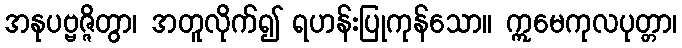
အနုပဗ္ဗဇ္ဇိတွာ၊ အတူလိုက်၍ ရဟန်းပြုကုန်သော။ ဣမေကုလပုတ္တာ၊